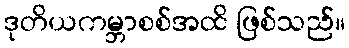
ဒုတိယကမ္ဘာစစ်အထိ ဖြစ်သည်။